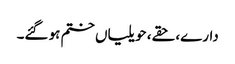
دارے، حقے، حویلیاں ختم ہو گئے۔